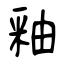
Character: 釉